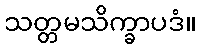
သတ္တမသိက္ခာပဒံ။